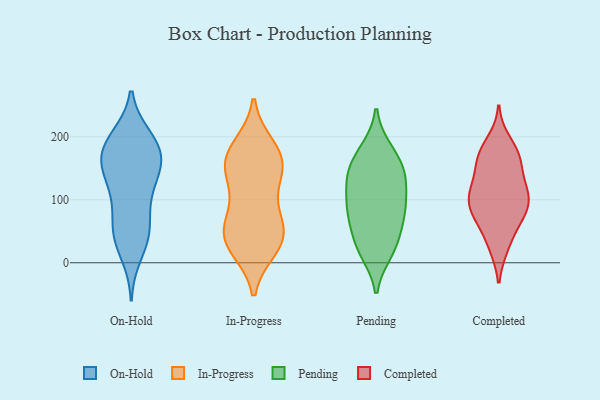
{"axis": {"x": "Active Users", "y": "Value"}, "legend": ["Completed", "In-Progress", "On-Hold", "Pending"], "data": [{"x": "", "y": 199, "type": "On-Hold"}, {"x": "", "y": 168, "type": "On-Hold"}, {"x": "", "y": 102, "type": "On-Hold"}, {"x": "", "y": 195, "type": "On-Hold"}, {"x": "", "y": 43, "type": "On-Hold"}, {"x": "", "y": 52, "type": "On-Hold"}, {"x": "", "y": 160, "type": "On-Hold"}, {"x": "", "y": 123, "type": "On-Hold"}, {"x": "", "y": 184, "type": "On-Hold"}, {"x": "", "y": 150, "type": "On-Hold"}, {"x": "", "y": 46, "type": "On-Hold"}, {"x": "", "y": 159, "type": "On-Hold"}, {"x": "", "y": 48, "type": "On-Hold"}, {"x": "", "y": 167, "type": "On-Hold"}, {"x": "", "y": 195, "type": "On-Hold"}, {"x": "", "y": 92, "type": "On-Hold"}, {"x": "", "y": 134, "type": "On-Hold"}, {"x": "", "y": 13, "type": "On-Hold"}, {"x": "", "y": 57, "type": "In-Progress"}, {"x": "", "y": 164, "type": "In-Progress"}, {"x": "", "y": 184, "type": "In-Progress"}, {"x": "", "y": 117, "type": "In-Progress"}, {"x": "", "y": 159, "type": "In-Progress"}, {"x": "", "y": 175, "type": "In-Progress"}, {"x": "", "y": 39, "type": "In-Progress"}, {"x": "", "y": 24, "type": "In-Progress"}, {"x": "", "y": 29, "type": "In-Progress"}, {"x": "", "y": 56, "type": "In-Progress"}, {"x": "", "y": 140, "type": "In-Progress"}, {"x": "", "y": 79, "type": "In-Progress"}, {"x": "", "y": 37, "type": "In-Progress"}, {"x": "", "y": 154, "type": "In-Progress"}, {"x": "", "y": 21, "type": "Pending"}, {"x": "", "y": 180, "type": "Pending"}, {"x": "", "y": 95, "type": "Pending"}, {"x": "", "y": 51, "type": "Pending"}, {"x": "", "y": 81, "type": "Pending"}, {"x": "", "y": 20, "type": "Pending"}, {"x": "", "y": 137, "type": "Pending"}, {"x": "", "y": 142, "type": "Pending"}, {"x": "", "y": 138, "type": "Pending"}, {"x": "", "y": 142, "type": "Pending"}, {"x": "", "y": 78, "type": "Pending"}, {"x": "", "y": 80, "type": "Pending"}, {"x": "", "y": 16, "type": "Pending"}, {"x": "", "y": 96, "type": "Pending"}, {"x": "", "y": 159, "type": "Pending"}, {"x": "", "y": 46, "type": "Pending"}, {"x": "", "y": 115, "type": "Pending"}, {"x": "", "y": 179, "type": "Pending"}, {"x": "", "y": 171, "type": "Completed"}, {"x": "", "y": 159, "type": "Completed"}, {"x": "", "y": 26, "type": "Completed"}, {"x": "", "y": 65, "type": "Completed"}, {"x": "", "y": 94, "type": "Completed"}, {"x": "", "y": 163, "type": "Completed"}, {"x": "", "y": 89, "type": "Completed"}, {"x": "", "y": 120, "type": "Completed"}, {"x": "", "y": 119, "type": "Completed"}, {"x": "", "y": 159, "type": "Completed"}, {"x": "", "y": 112, "type": "Completed"}, {"x": "", "y": 176, "type": "Completed"}, {"x": "", "y": 113, "type": "Completed"}, {"x": "", "y": 192, "type": "Completed"}, {"x": "", "y": 83, "type": "Completed"}, {"x": "", "y": 27, "type": "Completed"}, {"x": "", "y": 63, "type": "Completed"}, {"x": "", "y": 79, "type": "Completed"}, {"x": "", "y": 106, "type": "Completed"}]}